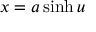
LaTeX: x = a \sinh { u }